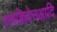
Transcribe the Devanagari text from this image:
रामकियेनआदि